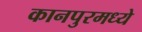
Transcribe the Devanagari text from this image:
कानपुरमध्ये